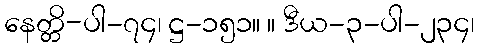
နေတ္တိ-ပါ-၇၄၊ ဋ္ဌ-၁၅၁။ ။ ဒီယ-၃-ပါ-၂၃၄၊